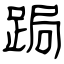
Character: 跼